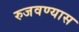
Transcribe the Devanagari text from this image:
रुजवण्यास